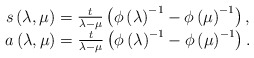
\begin{align*}\begin{array}{c}s\left( \lambda ,\mu \right) =\frac t{\lambda -\mu }\left( \phi \left(\lambda \right) ^{-1}-\phi \left( \mu \right) ^{-1}\right) , \\a\left( \lambda ,\mu \right) =\frac t{\lambda -\mu }\left( \phi \left(\lambda \right) ^{-1}-\phi \left( \mu \right) ^{-1}\right) .\end{array}\end{align*}